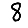
Digit: 8